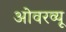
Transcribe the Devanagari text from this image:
ओवरव्यू